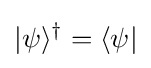
|\psi \rangle ^{\dagger }=\langle \psi |